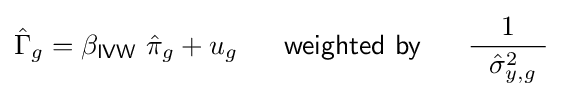
{\hat {\Gamma }}_{g}=\beta _{\mathsf {IVW}}\ {\hat {\pi }}_{g}+u_{g}\ \quad \ {\mathsf {weighted\ by}}\ \quad \ {\frac {1}{~~{\hat {\sigma }}_{y,g}^{2}\ }}~